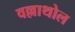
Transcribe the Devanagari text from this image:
वल्लाथोल